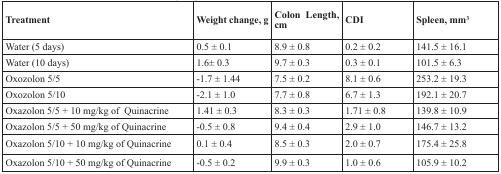
<table><thead><tr><td><b>Treatment</b></td><td><b>Weight change, g</b></td><td><b>Colon Length, cm</b></td><td><b>CDI</b></td><td><b>Spleen, mm<sup>3</sup></b></td></tr></thead><tbody><tr><td>Water (5 days)</td><td>0.5 ± 0.1</td><td>8.9 ± 0.8</td><td>0.2 ± 0.2</td><td>141.5 ± 16.1</td></tr><tr><td>Water (10 days)</td><td>1.6± 0.3</td><td>9.7 ± 0.3</td><td>0.3 ± 0.1</td><td>101.5 ± 6.3</td></tr><tr><td>Oxozolon 5/5</td><td>-1.7 ± 1.44</td><td>7.5 ± 0.2</td><td>8.1 ± 0.6</td><td>253.2 ± 19.3</td></tr><tr><td>Oxozolon 5/10</td><td>-2.1 ± 1.0</td><td>7.7 ± 0.8</td><td>6.7 ± 1.3</td><td>192.1 ± 20.7</td></tr><tr><td>Oxazolon 5/5 + 10 mg/kg of Quinacrine</td><td>1.41 ± 0.3</td><td>8.3 ± 0.3</td><td>1.71 ± 0.8</td><td>139.8 ± 10.9</td></tr><tr><td>Oxazolon 5/5 + 50 mg/kg of Quinacrine</td><td>-0.5 ± 0.8</td><td>9.4 ± 0.4</td><td>2.9 ± 1.0</td><td>146.7 ± 13.2</td></tr><tr><td>Oxazolon 5/10 + 10 mg/kg of Quinacrine</td><td>0.1 ± 0.4</td><td>8.5 ± 0.3</td><td>2.0 ± 0.7</td><td>175.4 ± 25.8</td></tr><tr><td>Oxazolon 5/10 + 50 mg/kg of Quinacrine</td><td>-0.5 ± 0.2</td><td>9.9 ± 0.3</td><td>1.0 ± 0.6</td><td>105.9 ± 10.2</td></tr></tbody></table>